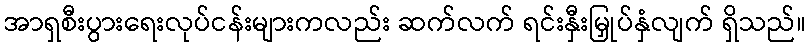
အာရှစီးပွားရေးလုပ်ငန်းများကလည်း ဆက်လက် ရင်းနှီးမြှုပ်နှံလျက် ရှိသည်။